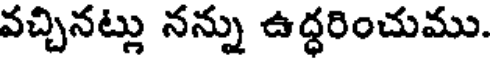
వచ్చినట్లు నన్ను ఉద్ధరించుము.